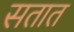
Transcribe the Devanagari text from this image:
सतात